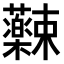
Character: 𫊚